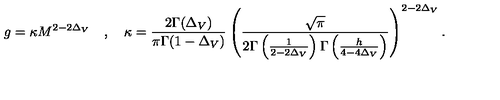
g = \kappa M ^ { 2 - 2 \Delta _ { V } } \quad , \quad \kappa = \frac { 2 \Gamma ( \Delta _ { V } ) } { \pi \Gamma ( 1 - \Delta _ { V } ) } \left( \frac { \sqrt { \pi } } { 2 \Gamma \left( \frac { 1 } { 2 - 2 \Delta _ { V } } \right) \Gamma \left( \frac { h } { 4 - 4 \Delta _ { V } } \right) } \right) ^ { 2 - 2 \Delta _ { V } } .